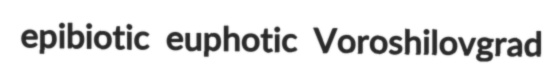
epibiotic euphotic Voroshilovgrad